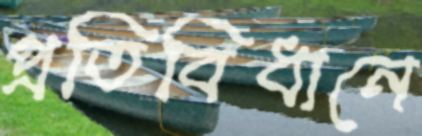
প্রতিবিধানে